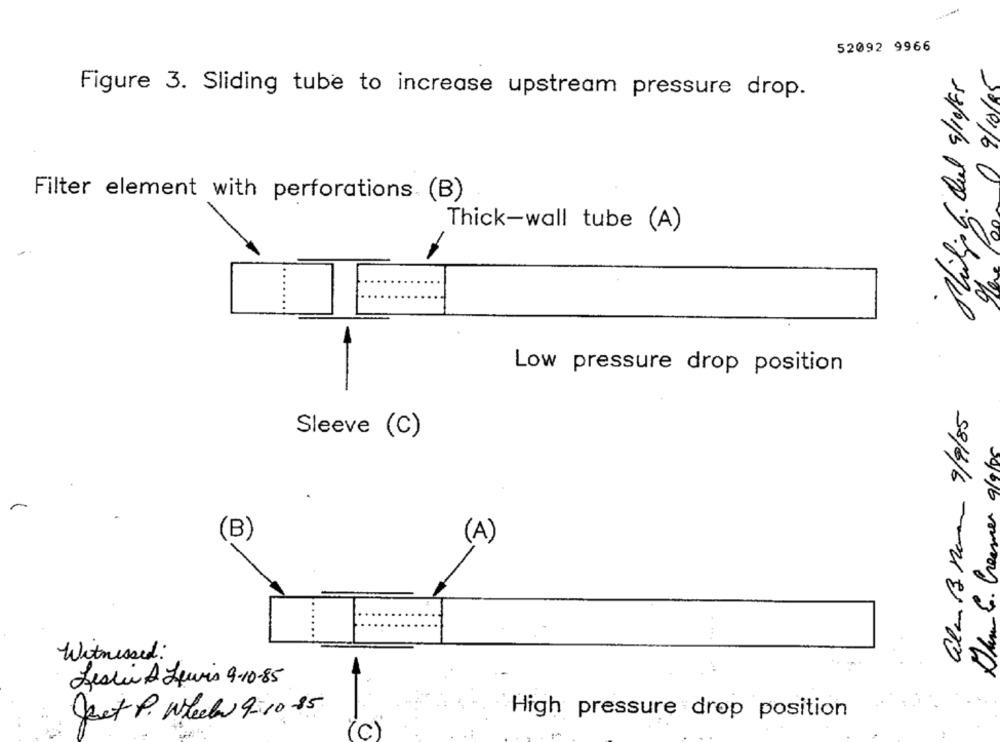
52092 9966
Figure 3. Sliding tube to increase upstream pressure drop.
Filter element with perforations (B)
Thick-wall tube (A)
-
30/01/60 9,16
Low pressure drop position
-
almuß nom 9/9/85
Sleeve (C)
Dum 6. Creener 9/9/05
(B)
(A)
Witnessed:
Leslie A Lewis 9-10-85
Jet P. Wheel 9-10-85
High pressure drop position
(c)